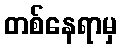
တစ်နေရာမှ